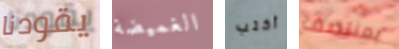
يقودنا الغميضة أكتب بمنتصف